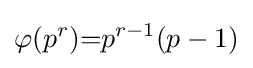
\varphi (p^{r}){=}p^{r-1}(p-1)